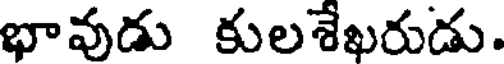
భావుడు కులశేఖరుడు.